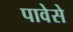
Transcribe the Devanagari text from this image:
पावेसे